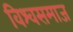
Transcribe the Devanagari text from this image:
विश्वसमाज